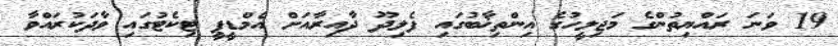
19 ވަނަ ރައްޔިތުންގެ މަޖިލީހުގެ އިންތިޚާބުގައި ފެލިދޫ ދާއިރާއަށް އެމްޑީޕީ ޓިކެޓުގައި ވާދަކުރައްވާ